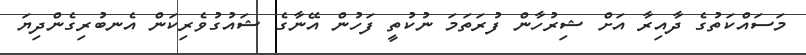
މަސައްކަތުގެ ދާއިރާ އަށް ޝިރުހާން ފުރަތަމަ ނުކުތީ ފަހުން އޭނާގެ ޝައުގުވެރިކަން އެނބުރިގެންދިޔަ